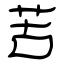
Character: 苦